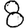
Digit: 8